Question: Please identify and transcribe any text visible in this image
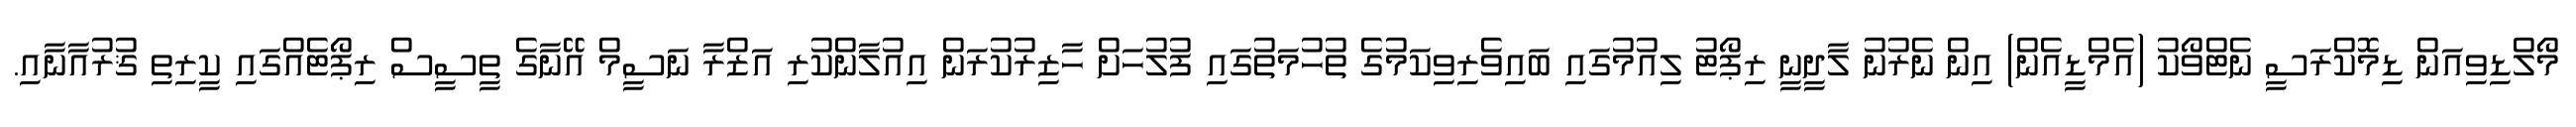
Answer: މޯލްޑިވިއަން ޑިމޮކްރަސީ ނެޓްވޯކު (އެމްޑީއެން) އިން ނެރުނު ލާދީނީ ރިޕޯޓު ލިއުމުގައި ބައިވެރިވިކަމުގެ ތުހުމަތުގައި ފުލުހަށް ހާޒިރުކުރަން އިއުލާންކުރި އަޒްރާ ނަސީމް އޭނާގެ ތީސީސް ރިޕޯޓެއްގައި ކީރިތި ޤުރުއާނާއި.